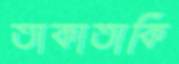
তাকাতাকি